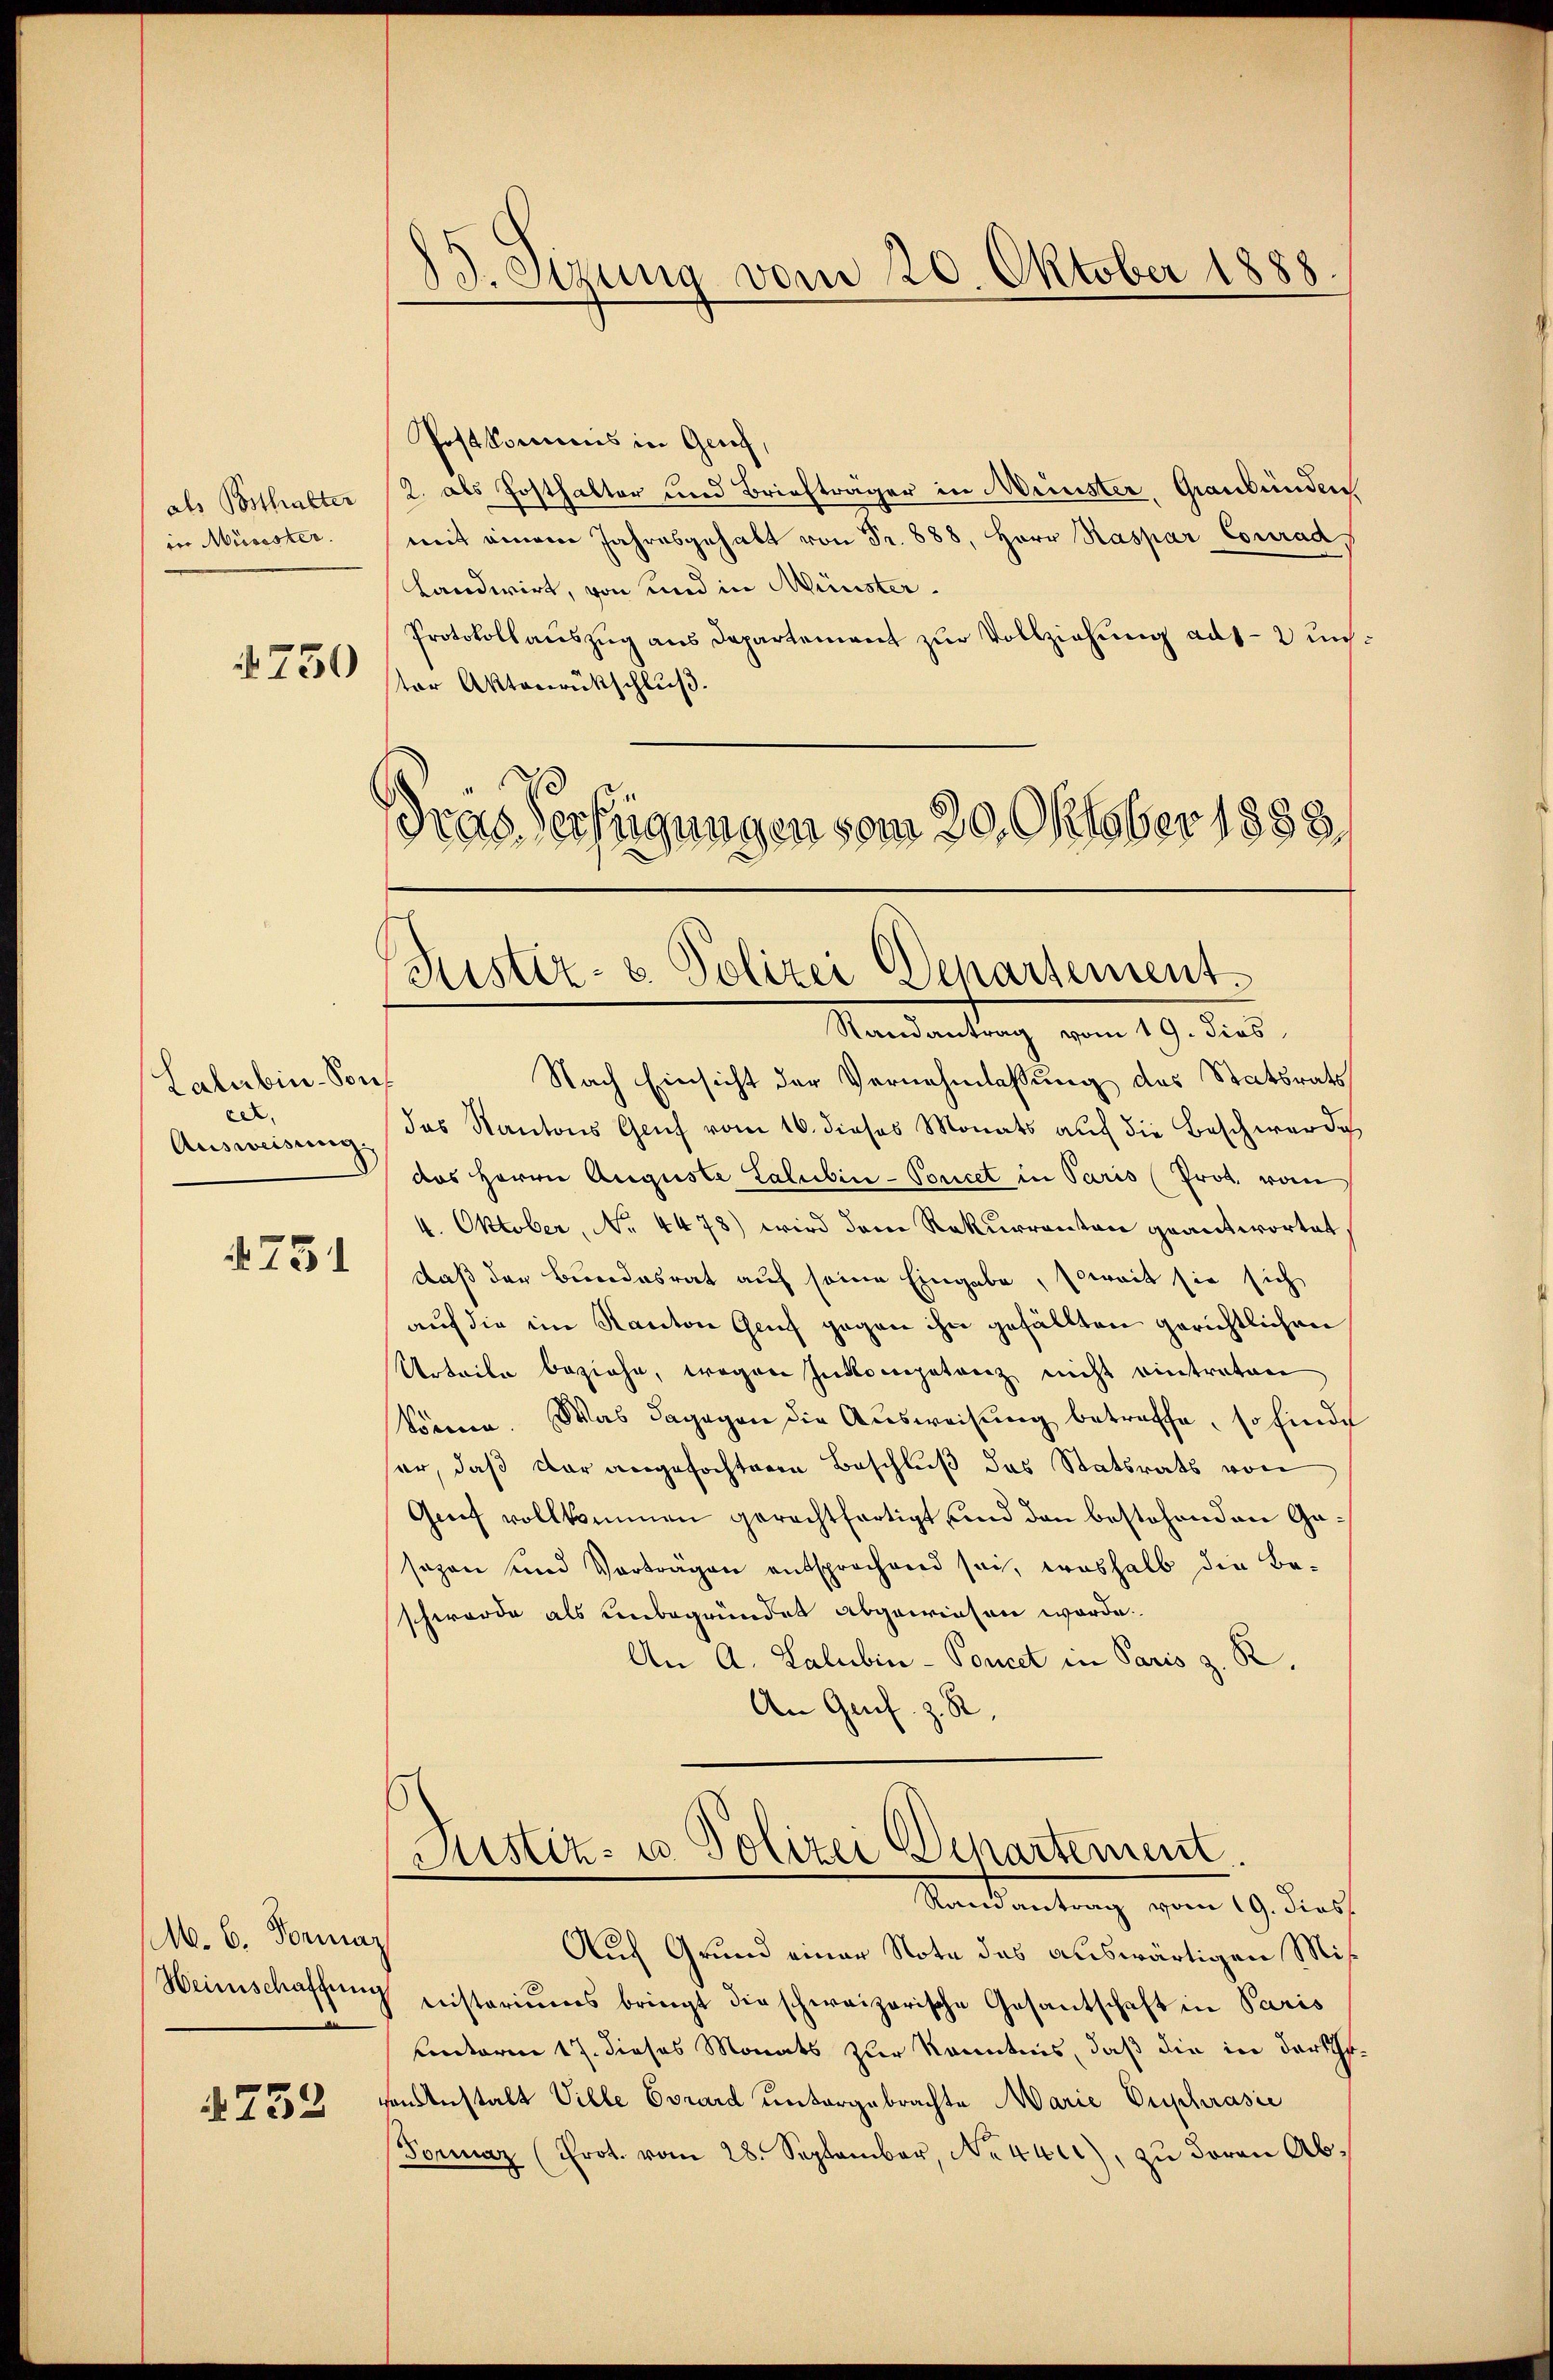
als Bosthalter
ion Mürister.

750

Lalubin - Son
cer.
Ausweisung.

4751

M. 6. Formaz
Weinschaffung

4752

13. Sizung vom 20. Oktober 1888.

Postkommis in Ger
2. als Posthalter und Briefträger in Minister, Graubünden
mit einem Jahresgehalt von Fr. 888, Herr Kaspar Conrad
Landwirt, von und in Münster.
Protokollaŭszŭg ans Departement zŭr Vollziehung ad 1-2 un
ter Aktenrückschluß.
Dras Verfügungen vom 30. Oktober 1888

Puster- u. Polizei Departement¬

Randantrag vom 19. dies
Nach Einsicht der Vernehmlassung des Statsrats
das Kantons Genf vom 16. dieses Monats auf die Beschwerde
das Herrn Auguste Lalubin-Poucet in Paris (Prot. vom
4. Oktober, No 4478) wird dem Rekurrenten geantwortet
daß der Bundesrat auf seine Eingabe, soweit sie sich
auf die im Kanton Genf gegen ihn gefällten gerichtlichen
Urteile beziehe, wegen Incompetenz nicht eintreten
Sönne. Was dagegen die Ausweisung betreffe, so finde
er, daß der angefochteren Beschluß das Statsrats von
Gief vollkommen gerechtfertigt und den bestehenden Gasazen und Vorträgen entsprochend sei, weshalb die Be-
schwerde als unbegründet abgewiesen worde.
An A. Salubin-Poncet in Paris z. R.
An Ges. z. R.
Justiz- u Polizei Departement
Santantung vom 19. durch
Auch Grund einer Note des auswärtigen Mißnisteriums bringt die schweizerische Gesantschaft in Paris
unterm 17. dieses Monats zur Kenntnis, daß die in darthe
en Anstalt Ville Corard untergebrachte Marie Euphrasie
Formaz (Prot. vom 28. September, Neuer), zu deren Ab¬